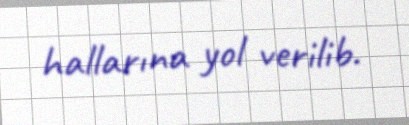
hallarına yol verilib.